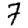
Digit: 7